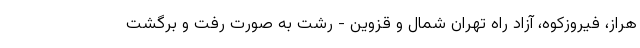
هراز، فیروزکوه، آزاد راه تهران شمال و قزوین - رشت به صورت رفت و برگشت